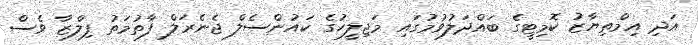
އަދި އިމްތިޔާޒު ކޮމިޓީގެ ބައްދަލުވުމުގައި މަޖިލީހުގެ ކައުންސެލް ޖެނެރަލް ފާތުމަތު ފިލްޒާ ވެސް